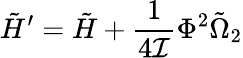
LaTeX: \tilde{H}^{\prime}=\tilde{H}+\frac{1}{4{\cal I}}\Phi^{2}\tilde{\Omega}_{2}